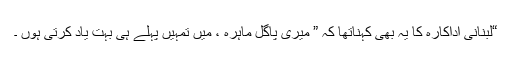
“لبنانی اداکارہ کا یہ بھی کہناتھا کہ ” میری پاگل ماہرہ ، میں تمہیں پہلے ہی بہت یاد کرتی ہوں ۔